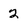
Character: 2